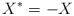
LaTeX: \begin{align*} X^* = - X\end{align*}